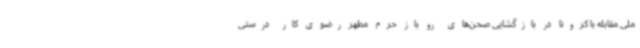
ملی مقابله با کرونا در بازگشایی صحن‌های رو باز حرم مطهر رضوی کار درستی